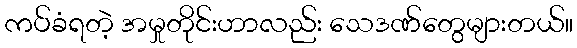
ကပ်ခံရတဲ့ အမှုတိုင်းဟာလည်း သေဒဏ်တွေများတယ်။